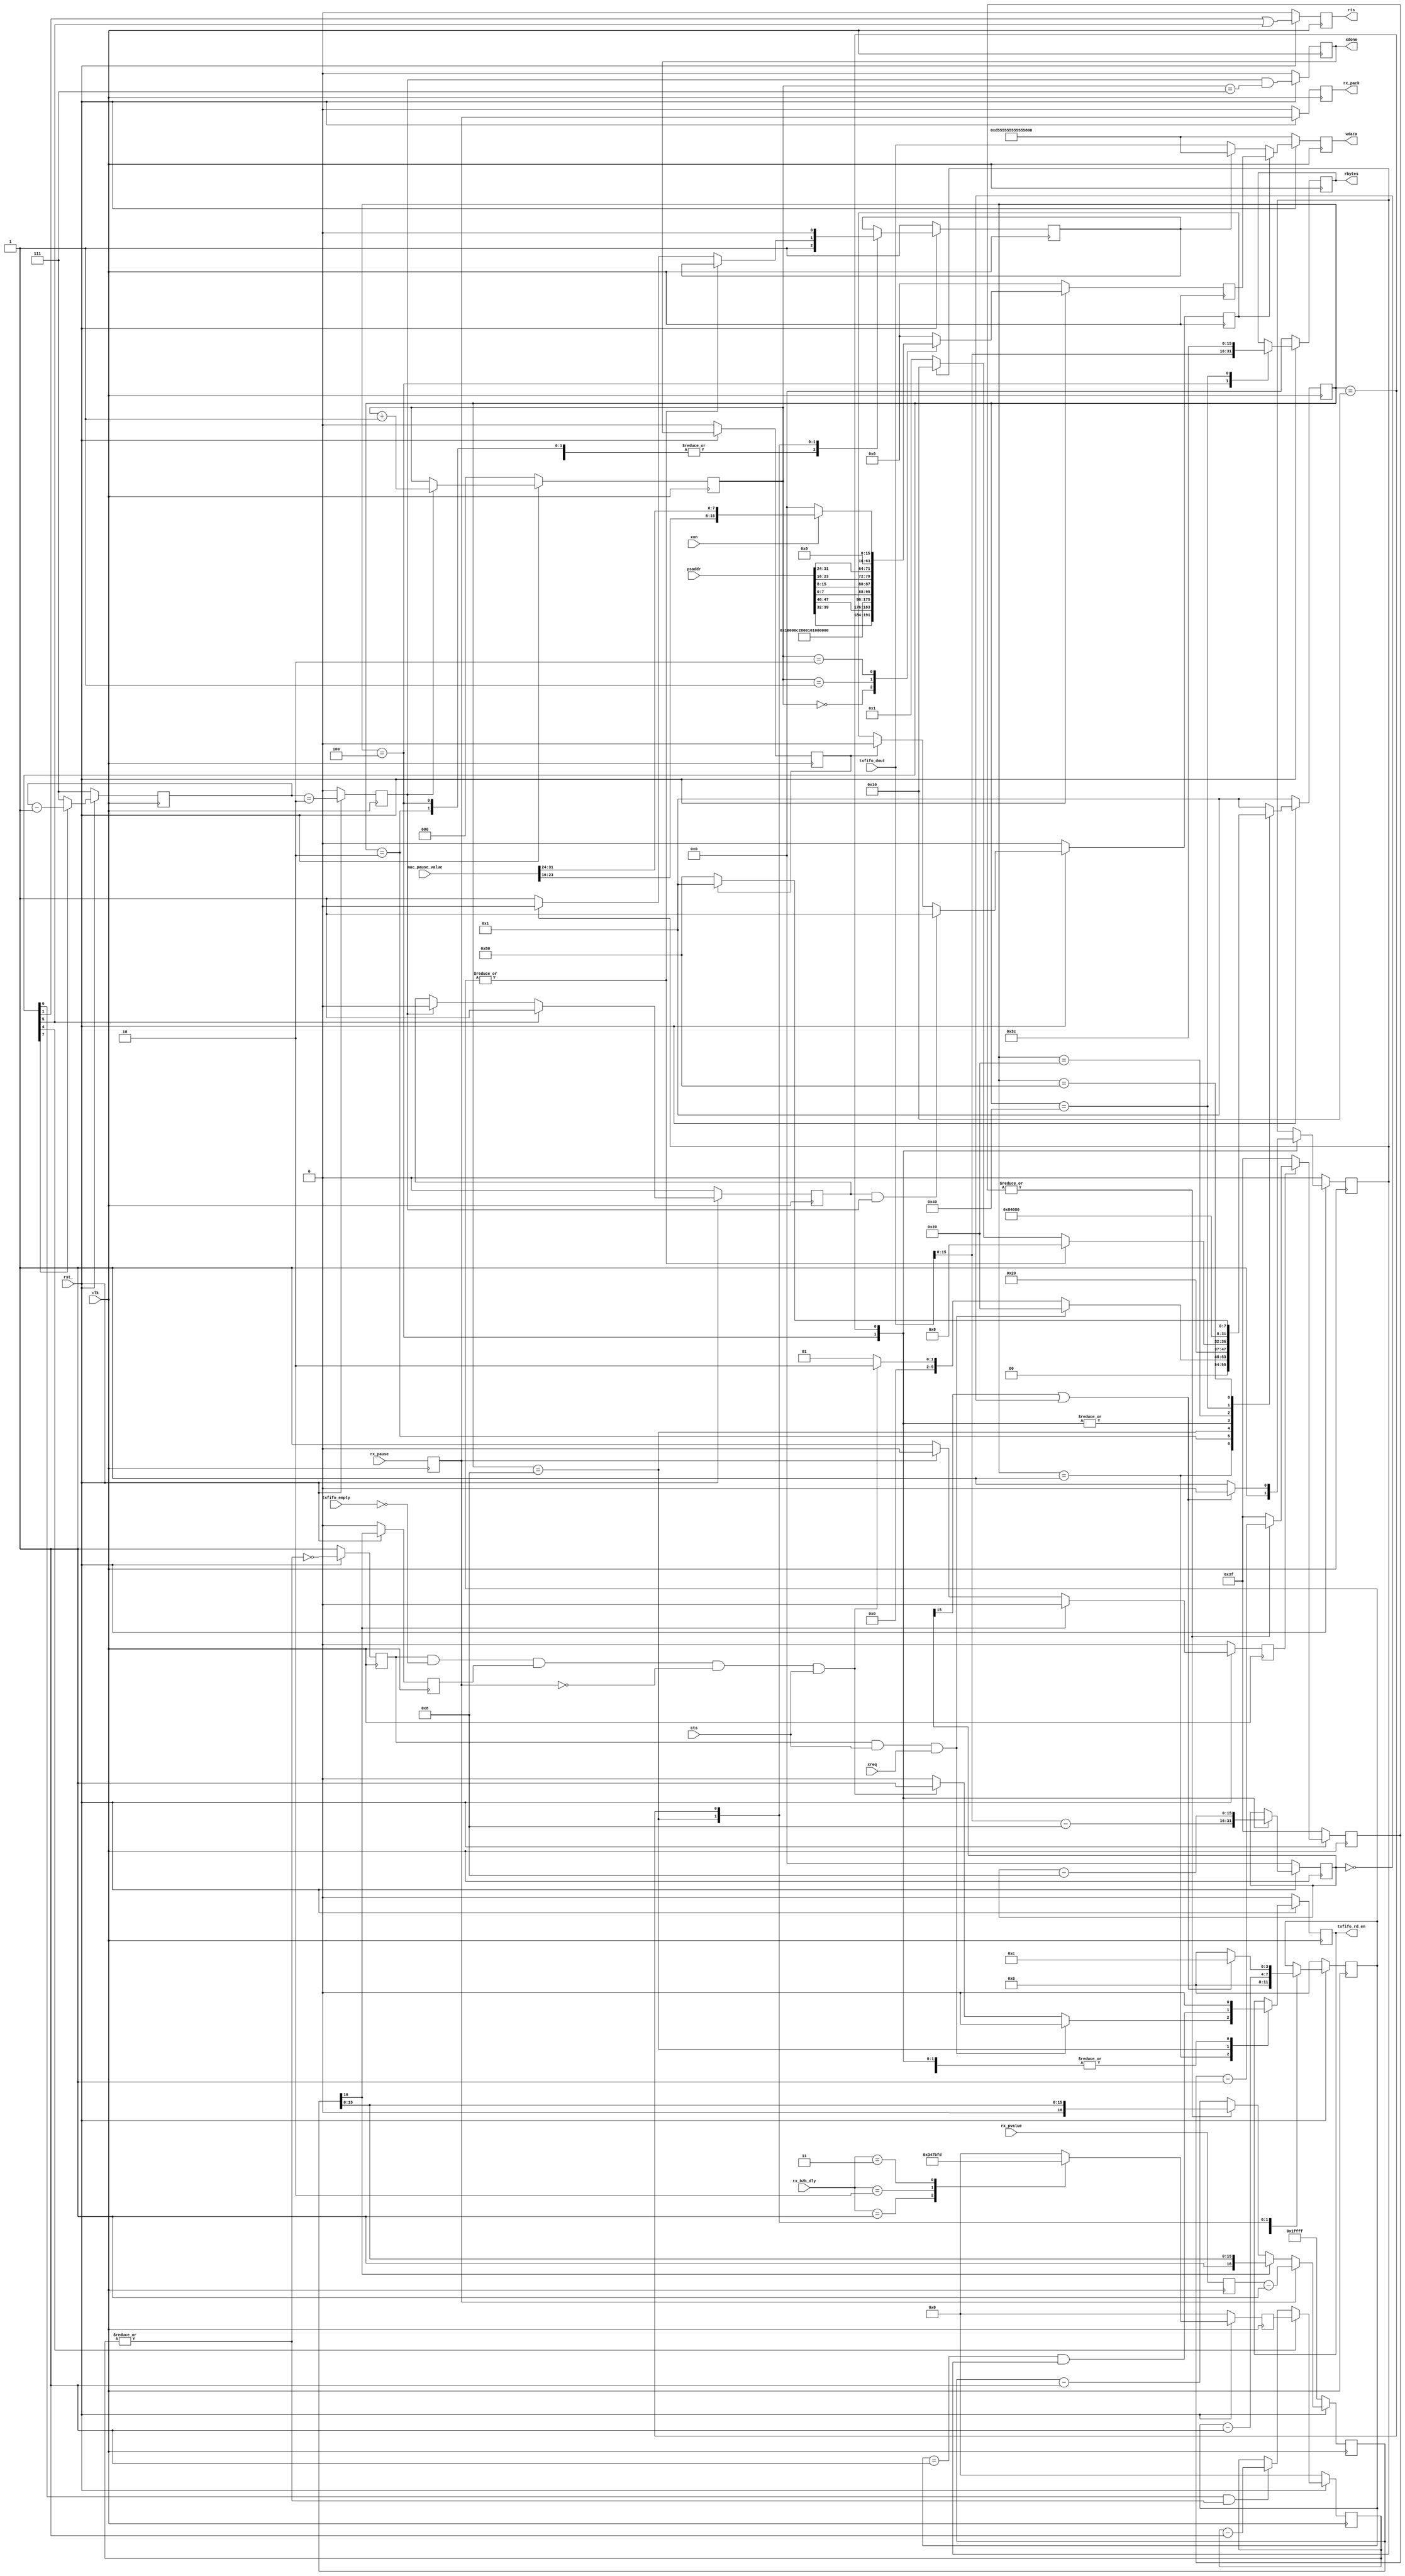
//
// Copyright (C) 2018 LeWiz Communications, Inc. 
// 
// This library is free software; you can redistribute it and/or
// modify it under the terms of the GNU Lesser General Public
// License as published by the Free Software Foundation; either
// version 2.1 of the License, or (at your option) any later version.
// 
// This library is distributed in the hope that it will be useful,
// but WITHOUT ANY WARRANTY; without even the implied warranty of
// MERCHANTABILITY or FITNESS FOR A PARTICULAR PURPOSE.  See the GNU
// Lesser General Public License for more details.
// 
// You should have received a copy of the GNU Lesser General Public
// License along with this library release; if not, write to the Free Software
// Foundation, Inc., 51 Franklin Street, Fifth Floor, Boston, MA  02110-1301  USA
// 
// LeWiz can be contacted at:  support@lewiz.com
// or address:  
// PO Box 9276
// San Jose, CA 95157-9276
// www.lewiz.com
// 
//    Language: Verilog
//

// synopsys translate_off
`timescale 1ns/10ps
// synopsys translate_on

module gige_tx_encap(
	clk,		         // i-1		
	rst_,		// i-1		

	rts,		// o-1		
	wdata,		// o-64		
	rbytes,		// o-16		
	cts,		// i-1		

	psaddr,		// i-48		
	mac_pause_value,	  // i-32
	tx_b2b_dly,		// i-2	
	
	rx_pause,   		// i-1
	rx_pvalue,             // i-16
	rx_pack,            // o-1
	
	txfifo_empty,		 // i-1
	txfifo_rd_en,    	 // o-1
	txfifo_dout,  		 // i-64
	
	xreq,				 // i-1					
	xon,				 // i-1
	xdone				 // o-1
	
	);

		
input [47:0] psaddr;		// pause source address, source mac address in the pause frame to transmit	
input [31:0] mac_pause_value; 	 // [31:16] = tx_pause_value,	[15:0] = rx_pause_value
input [1:0]	 tx_b2b_dly;
				
input txfifo_empty;
output txfifo_rd_en;

input [63:0] txfifo_dout; 		 // output of FIFO to input of this module

input clk;					   //i,
input rst_;					   //i,

output rts;					   //o, to gmii 
output [63:0] wdata;		   //o, data output
output [15:0] rbytes;		   //o, hold the length of data
input	cts;				   //i, from gmii

input rx_pause;
input [15:0] rx_pvalue;
output rx_pack;

// Interface to tx_decap
input	xreq; 		// need to transmit a pause frame, pause value is determined by xon
input	xon;    	// 1: use tx_pause value as in register , 0: use pause value of 0 to abort the previous pause
output	xdone;  	// pause frame has been transmitted

reg txfifo_rd_en;		 //o, read request to the FIFO
reg [15:0] rbytes;		 //o, hold the size of data in BYtes
reg rts;				 //o, request to send to xgmii
reg [63:0] wdata;		 //o-64, data output

reg wsel;
reg [16:0] ptimer;
reg [5:0] p_reg_count;	  // count 64 clk (8 bits per clk) for 512 bit time for each pause value
reg p_start;

reg tx_rdy;				  // tell if there is no pause frame activating
reg rx_pack;
reg rx_pause_sync;
reg [15:0] rx_pvalue_sync;

reg [15:0] bytes_remain;	// how many Bytes of data remaining for transmission 

reg [3:0] count8;
//setting default values
parameter[7:0] 
	IDLE		= 8'h01 ,
	READSIZE	= 8'h02 ,
	READ1		= 8'h04 ,
	WAIT		= 8'h08 ,
	MAC_DAT     = 8'h10 ,
	P_REQ		= 8'h20 ,
	P_PREAM		= 8'h40 ,
	P_PKT		= 8'h80	;
reg [7:0] state;

wire st_idle;		assign	st_idle		=	state[0];
wire st_readsize;	assign	st_readsize = 	state[1];
wire st_mac_dat;	assign	st_mac_dat	=	state[4];
wire st_p_req;		assign	st_p_req 	=	state[5];
wire st_p_pkt;		assign 	st_p_pkt	=	state[7];

reg tx_dvld;

// Counter for tx_b2b_dly
reg [8:0] b2b_cnt_val ;
always @(posedge clk)
begin
	if(!rst_)
	begin
		b2b_cnt_val <= 9'd0 ;
	end
	else
	begin
		case(tx_b2b_dly)
		2'b01 : b2b_cnt_val <= 9'd13 ; 			 // 16x8 bit delay (design already has 2, count another 14 clocks (13 to 0))
		2'b10 : b2b_cnt_val <= 9'd61 ; 	
		2'b11 : b2b_cnt_val <= 9'd509 ; 
		default: b2b_cnt_val <= 9'd0 ; 	
		endcase
	end
end

reg [8:0] b2b_counter;
reg		  b2b_ok;
always @ (posedge clk)
begin
	if (!rst_)
	begin
		b2b_counter	<=	9'd0;
		b2b_ok		<=	1'b1;
	end
	
	else
	begin
		b2b_counter <= (st_mac_dat)? b2b_cnt_val : ((st_idle & |b2b_counter)? (b2b_counter - 9'd1) : b2b_counter);
		b2b_ok		<=	!(|b2b_counter); 			 // b2b_counter == 9'h0
	end
end

// PAUSE TX
always @ (posedge clk)
begin
	rx_pause_sync <=   rx_pause;
	rx_pvalue_sync<=   rx_pvalue;
end

always @ (posedge clk)
begin
	if (!rst_)
	begin
		ptimer <=   17'h1ffff;
		p_reg_count <=   6'd63 ;
		p_start <=   0;
	end
	
	else
	begin
		ptimer    <=   rx_pause_sync ? {rx_pvalue_sync - 17'h1} : (ptimer[16] ? ptimer : ((|p_reg_count)? ptimer: (ptimer - 17'h1)));
		p_start <=   ptimer[16]? 1'b0 : (rx_pause_sync? 1'b0 : 1'b1);
		p_reg_count <=   p_start? ((|p_reg_count)? (p_reg_count - 6'd1) : 6'd63) : 6'd63;
	end
end

 // Transmit Pause
reg [63:0] 	p_data;
reg	[2:0]	p_cnt;
reg			p_1;
reg			p_done;
reg			p_send;
reg			xdone;
reg			clk_pulse;
reg [2:0]	p_qwcnt;

always @ (posedge clk)
begin
	if (!rst_)
	begin
		p_data <= 64'h0;
		p_cnt <= 3'd7;
		p_1 <= 1'b0;
		p_done <= 1'b0;
		p_send <= 1'b0;
		xdone  <= 1'h0; 
		clk_pulse <= 1'b0;
		p_qwcnt <= 3'h0;
	end
	
	else
	begin
		p_cnt <= st_p_pkt? (p_cnt - 3'd1) : 3'd7;
		p_1 <= st_p_req? 1'b1 : (clk_pulse? 1'b0 : p_1);
		p_done <= xdone;
		p_send <= (p_1 & clk_pulse)? 1'b1 : (p_done? 1'b0 : p_send);
		xdone  <= clk_pulse & (p_qwcnt == 8'h7);
		clk_pulse <= p_cnt == 3'h2;
		p_qwcnt <= clk_pulse? (p_qwcnt + 3'd1) : p_qwcnt;
		
		case (p_qwcnt)
		3'b000: p_data <= {psaddr[39:32], psaddr[47:40], 48'h0100_00c2_8001}; 
		3'b001: p_data <= {32'h0100_0888, psaddr[7:0], psaddr[15:8], psaddr[23:16], psaddr[31:24]};	
		3'b010: p_data <= xon? {48'h0, mac_pause_value[23:16], mac_pause_value[31:24]}: 64'h0;
		default: p_data <= 64'h0;
		endcase
	end
end

// PAUSE TX
always@(posedge clk)
begin

	if(!rst_)
		wdata <= 64'hd5555555555555FB;
	
	else
		wdata	<=	p_send? p_data : (wsel? 64'hd5555555555555FB : txfifo_dout);
	
end

 // STATE MACHINE

always@(posedge clk)
if(!rst_)
begin
	state 	<=  IDLE;
	rbytes 	<=  16'h0;
	wsel   	<=  1'b1;
	rx_pack	<=  1'b0;
	tx_rdy 	<=  1'b0;
	tx_dvld <= 	1'b0;
	bytes_remain <=   16'h0;
	txfifo_rd_en <=   1'b0;
	count8 <= 4'd6;
	rts <= 1'b0;
end
else
begin
	tx_rdy    <=   ptimer[16];
	rx_pack   <=   rx_pause_sync; 
	rts		  <=   st_readsize | st_p_req;
	
	case(state)
	// disable the read request. 
	IDLE:
	begin
		wsel  <= 1'b1;
		if (b2b_ok & cts & xreq)
		begin
			state <= P_REQ;
			txfifo_rd_en <= 1'b0;
		end
		
		else if (b2b_ok & !txfifo_empty & tx_rdy & !rx_pause_sync & cts)
		begin
			state <= READSIZE;
			txfifo_rd_en <= 1'b1;
		end
		
		else
		begin
			state <= IDLE;
			txfifo_rd_en <= 1'b0;
		end
	end
	// disable the read request to the FIFo
	READSIZE:
	begin
		wsel  <= 1'b1;
		txfifo_rd_en <=   1'b0;
		state <=   READ1;
	end
// Collect the total data size in BYtes	
	READ1:
	begin
		txfifo_rd_en <=   1'b0;
		state <=   WAIT;
		rbytes <=   txfifo_dout[15:0];
		bytes_remain <=   txfifo_dout[15:0]-16'h8;	   // calculate how many bytes remaining to transmit
		wsel <= 1'b1;
		count8 <= 4'd6;
		tx_dvld <= 1'b1;
	end
	// wait state to transmit one byte of data.
	WAIT:
	begin
		state <=  (|count8)? WAIT : (tx_dvld)? MAC_DAT : IDLE;
		count8 <= count8 - 4'd1;
		txfifo_rd_en <= (count8 == 4'd1) & tx_dvld;
		wsel <= (|count8)? wsel : (tx_dvld)? 1'b0 : 1'b1;
	end
	
	MAC_DAT:
	begin
		wsel <= 1'b0;
		state <= WAIT;
		bytes_remain <=   bytes_remain - 16'h8;
		tx_dvld <=   (bytes_remain[15] || bytes_remain == 0)? 1'b0: 1'b1;
		count8 	  <=   (bytes_remain[15] || bytes_remain == 0)? 4'd12: 4'd6;
		txfifo_rd_en <= 1'b0;
	end
	
	P_REQ:
	begin
		state <= P_PREAM;			
	end
		
	P_PREAM:
	begin
		state <= P_PKT;
		rbytes <= 16'd60;
	end
		
	P_PKT:
	begin
		state <= p_done? IDLE : P_PKT;
	end	
	
	default:
	begin
		state <=   IDLE;
	end
	endcase

end


//synopsys translate_off
reg [(8*32)-1:0] ascii_state;

always@(state)
begin
	case(state)
	IDLE: 		ascii_state = "IDLE";
	READSIZE: 	ascii_state = "READSIZE";
	READ1: 		ascii_state = "READ1";
	WAIT: 		ascii_state = "WAIT";
	MAC_DAT: 	ascii_state = "MAC_DAT";
	P_REQ:	    ascii_state = "P_REQ";  
	P_PREAM:	ascii_state = "P_PREAM";
	P_PKT:	    ascii_state = "P_PKT";
	default: 	ascii_state = "unknown";
	endcase
	
end
//synopsys translate_on


endmodule